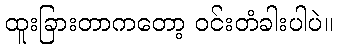
ထူးခြားတာကတော့ ဝင်းတံခါးပါပဲ။